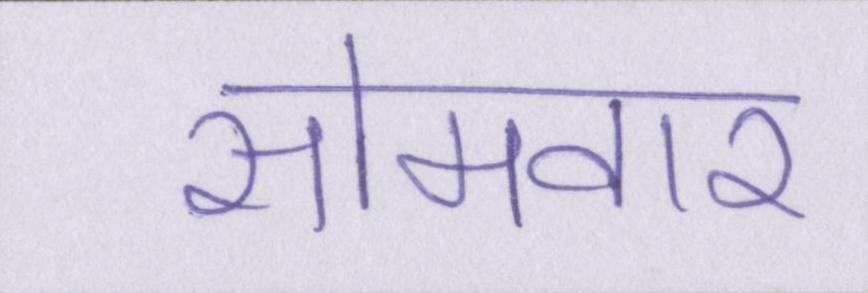
सोमवार